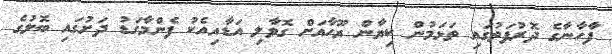
ފާހާނާގެ ދޮރުފަތުގައި ތަޅަމުން ކިޔާން ޔޫހާއަށް ގޮވާލި އަޑާއިއެކު ފެންމާގަޑު ދަށުގައި ބޮލުގެ